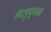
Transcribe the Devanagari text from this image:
पितृपूजन